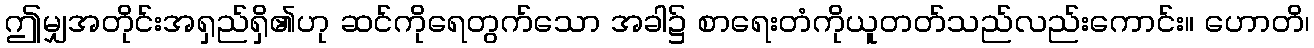
ဤမျှအတိုင်းအရှည်ရှိ၏ဟု ဆင်ကိုရေတွက်သော အခါ၌ စာရေးတံကိုယူတတ်သည်လည်းကောင်း။ ဟောတိ၊